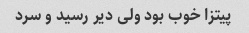
پیتزا خوب بود ولی دیر رسید و سرد